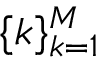
\{ k \} _ { k = 1 } ^ { M }